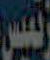
تمس